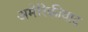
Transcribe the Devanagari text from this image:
अमेरिकीवाद